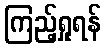
ကြည့်ရှုရန်